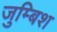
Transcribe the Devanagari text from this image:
जुम्बिश